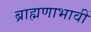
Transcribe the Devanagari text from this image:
ब्राह्मणाभावीं